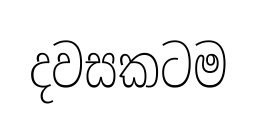
දවසකටම